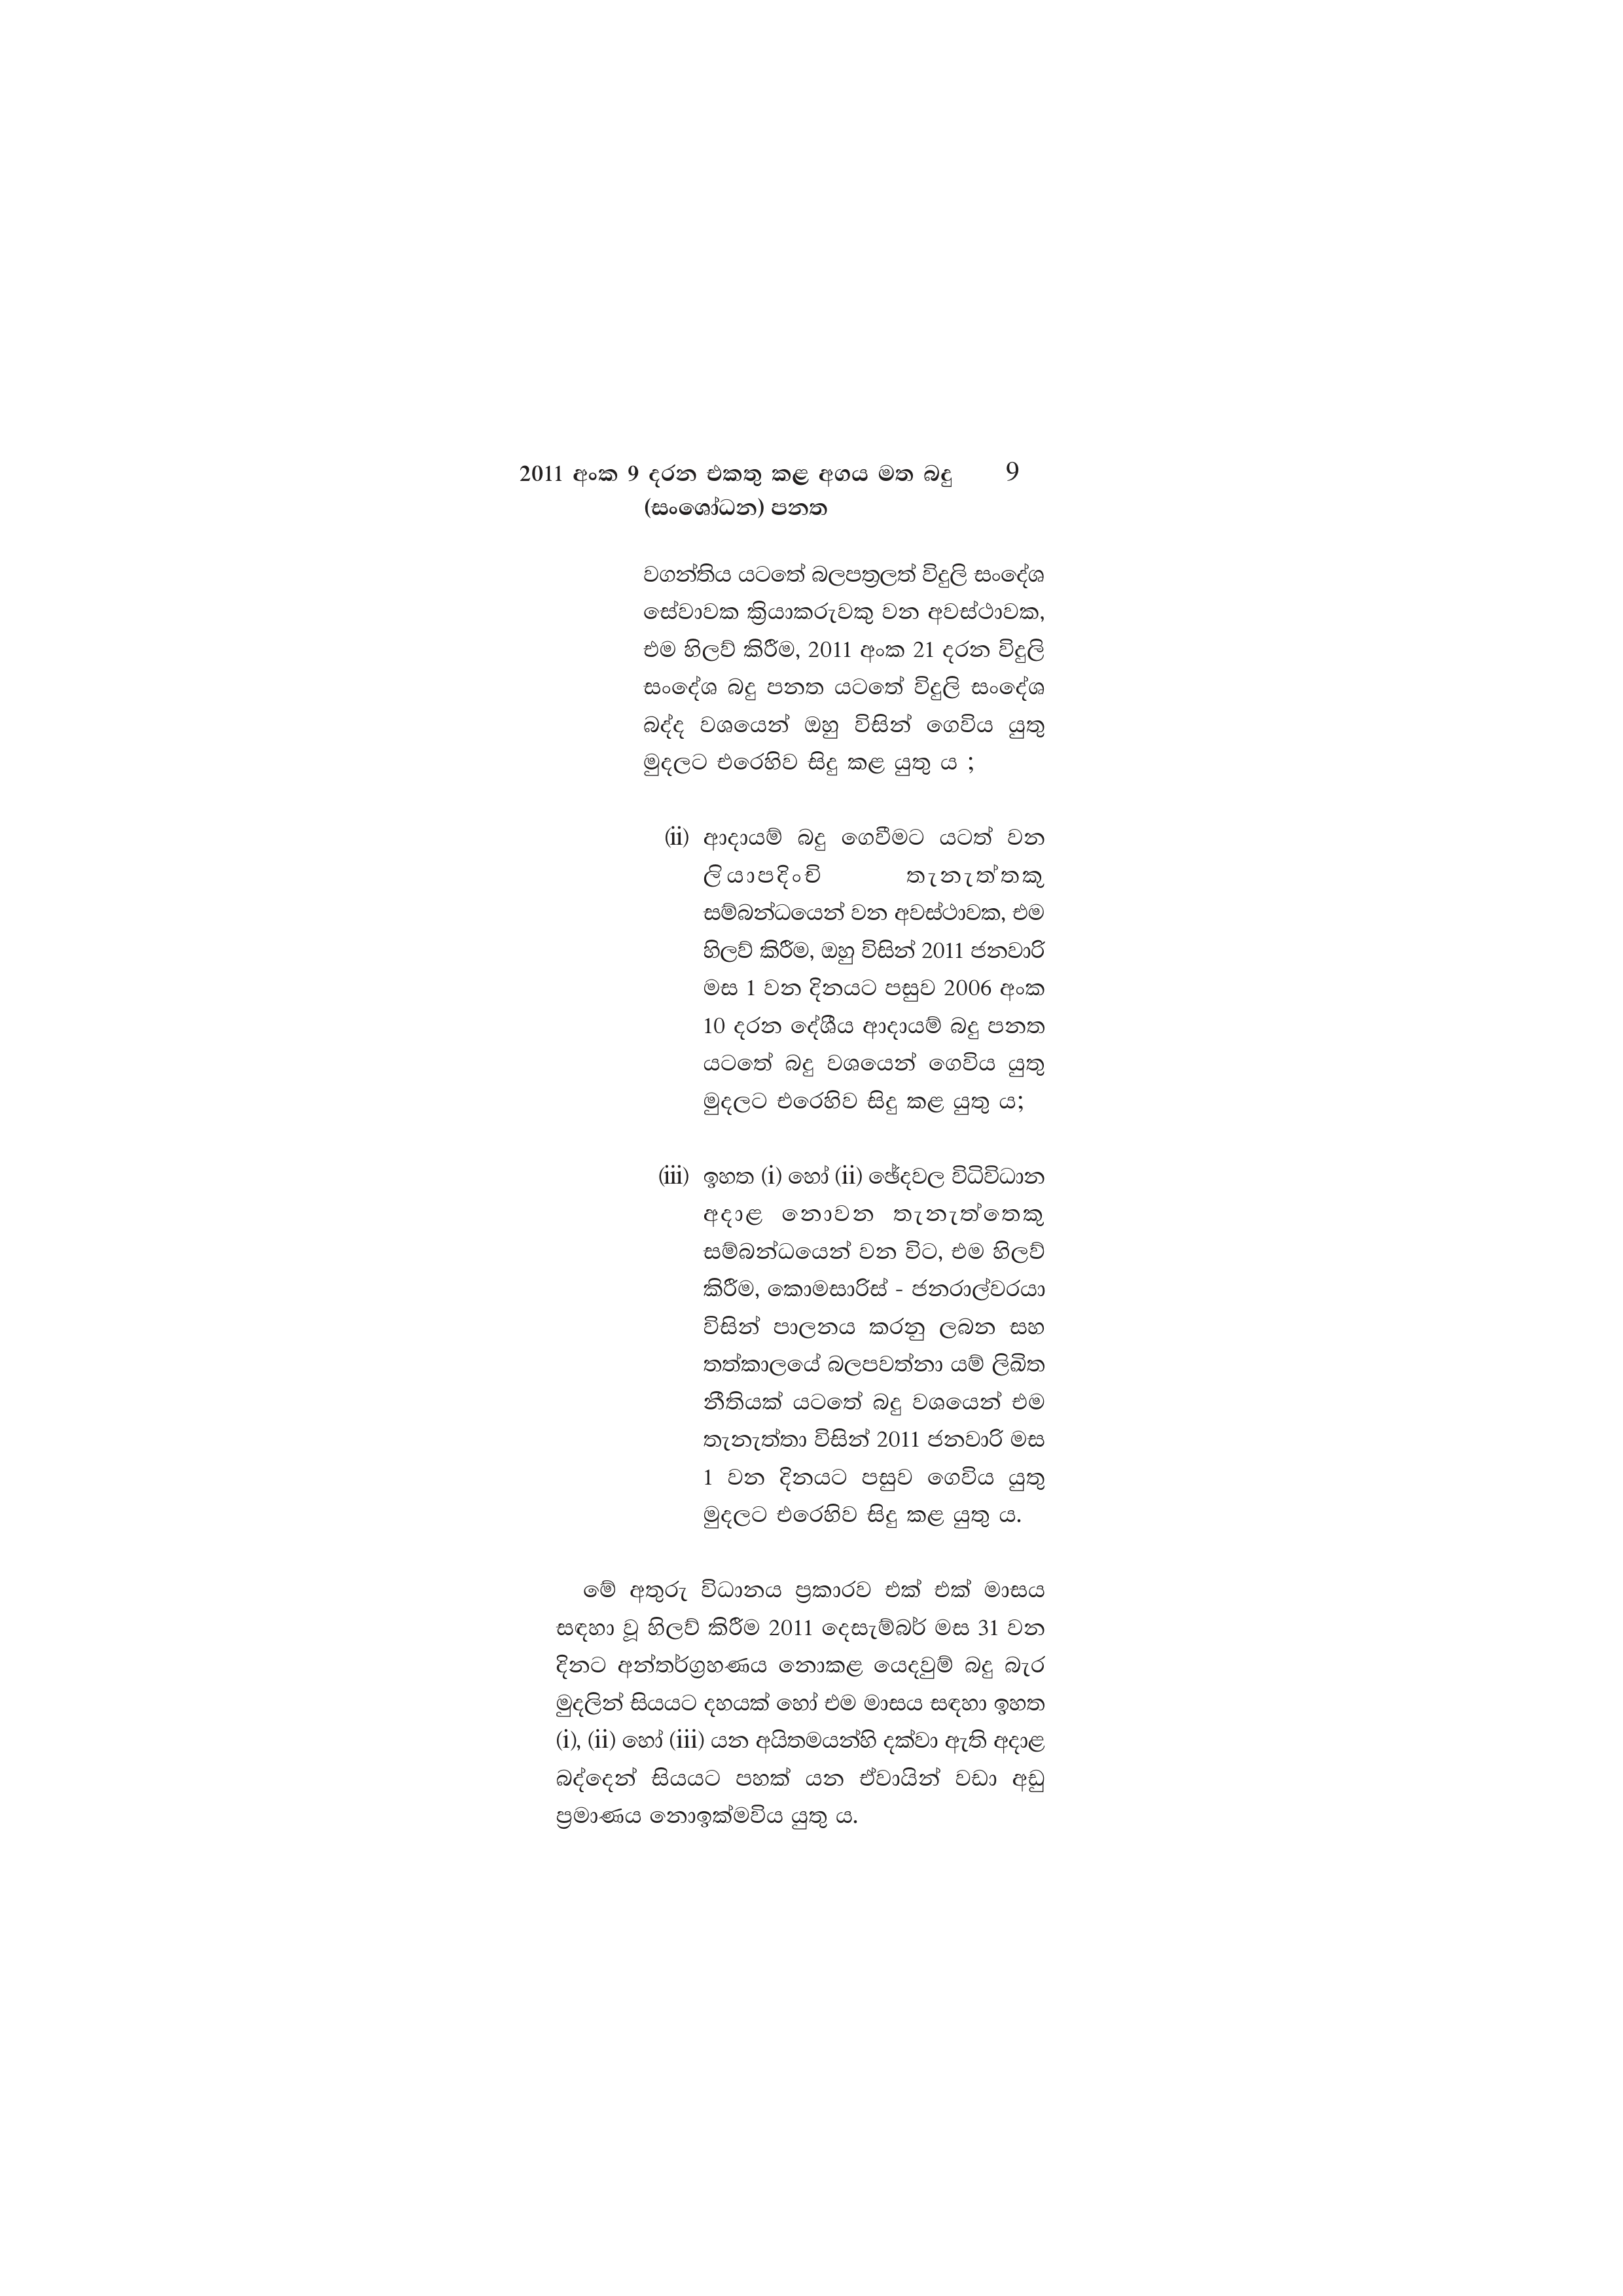
2011 අංක 9 දරන එකතු කළ අගය මත බදු   9
(සංශෝධන) පනත

වගන්තිය යටතේ බලපත්‍රලත් විදුලි සංදේශ
සේවාවක ක්‍රියාකරුවකු වන අවස්ථාවක,
එම හිලව් කිරීම, 2011 අංක 21 දරන විදුලි
සංදේශ බදු පනත යටතේ විදුලි සංදේශ
බද්ද වශයෙන් ඔහු විසින් ගෙවිය යුතු
මුදලට එරෙහිව සිදු කළ යුතු ය ;

(ii) ආදායම් බදු ගෙවීමට යටත් වන
ලියාපදිංචි තැනැත්තකු
සම්බන්ධයෙන් වන අවස්ථාවක, එම
හිලව් කිරීම, ඔහු විසින් 2011 ජනවාරි
මස 1 වන දිනයට පසුව 2006 අංක
10 දරන දේශීය ආදායම් බදු පනත
යටතේ බදු වශයෙන් ගෙවිය යුතු
මුදලට එරෙහිව සිදු කළ යුතු ය;

(iii) ඉහත (i) හෝ (ii) ඡේදවල විධිවිධාන
අදාළ නොවන තැනැත්තෙකු
සම්බන්ධයෙන් වන විට, එම හිලව්
කිරීම, කොමසාරිස් - ජනරාල්වරයා
විසින් පාලනය කරනු ලබන සහ
තත්කාලයේ බලපවත්නා යම් ලිඛිත
නීතියක් යටතේ බදු වශයෙන් එම
තැනැත්තා විසින් 2011 ජනවාරි මස
1 වන දිනයට පසුව ගෙවිය යුතු
මුදලට එරෙහිව සිදු කළ යුතු ය.

මේ අතුරු විධානය ප්‍රකාරව එක් එක් මාසය
සඳහා වූ හිලව් කිරීම 2011 දෙසැම්බර් මස 31 වන
දිනට අන්තර්ග්‍රහණය නොකළ යෙදවුම් බදු බැර
මුදලින් සියයට දහයක් හෝ එම මාසය සඳහා ඉහත
(i), (ii) හෝ (iii) යන අයිතමයන්හි දක්වා ඇති අදාළ
බද්දෙන් සියයට පහක් යන ඒවායින් වඩා අඩු
ප්‍රමාණය නොඉක්මවිය යුතු ය.